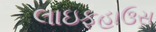
લાઇફહાઉસ